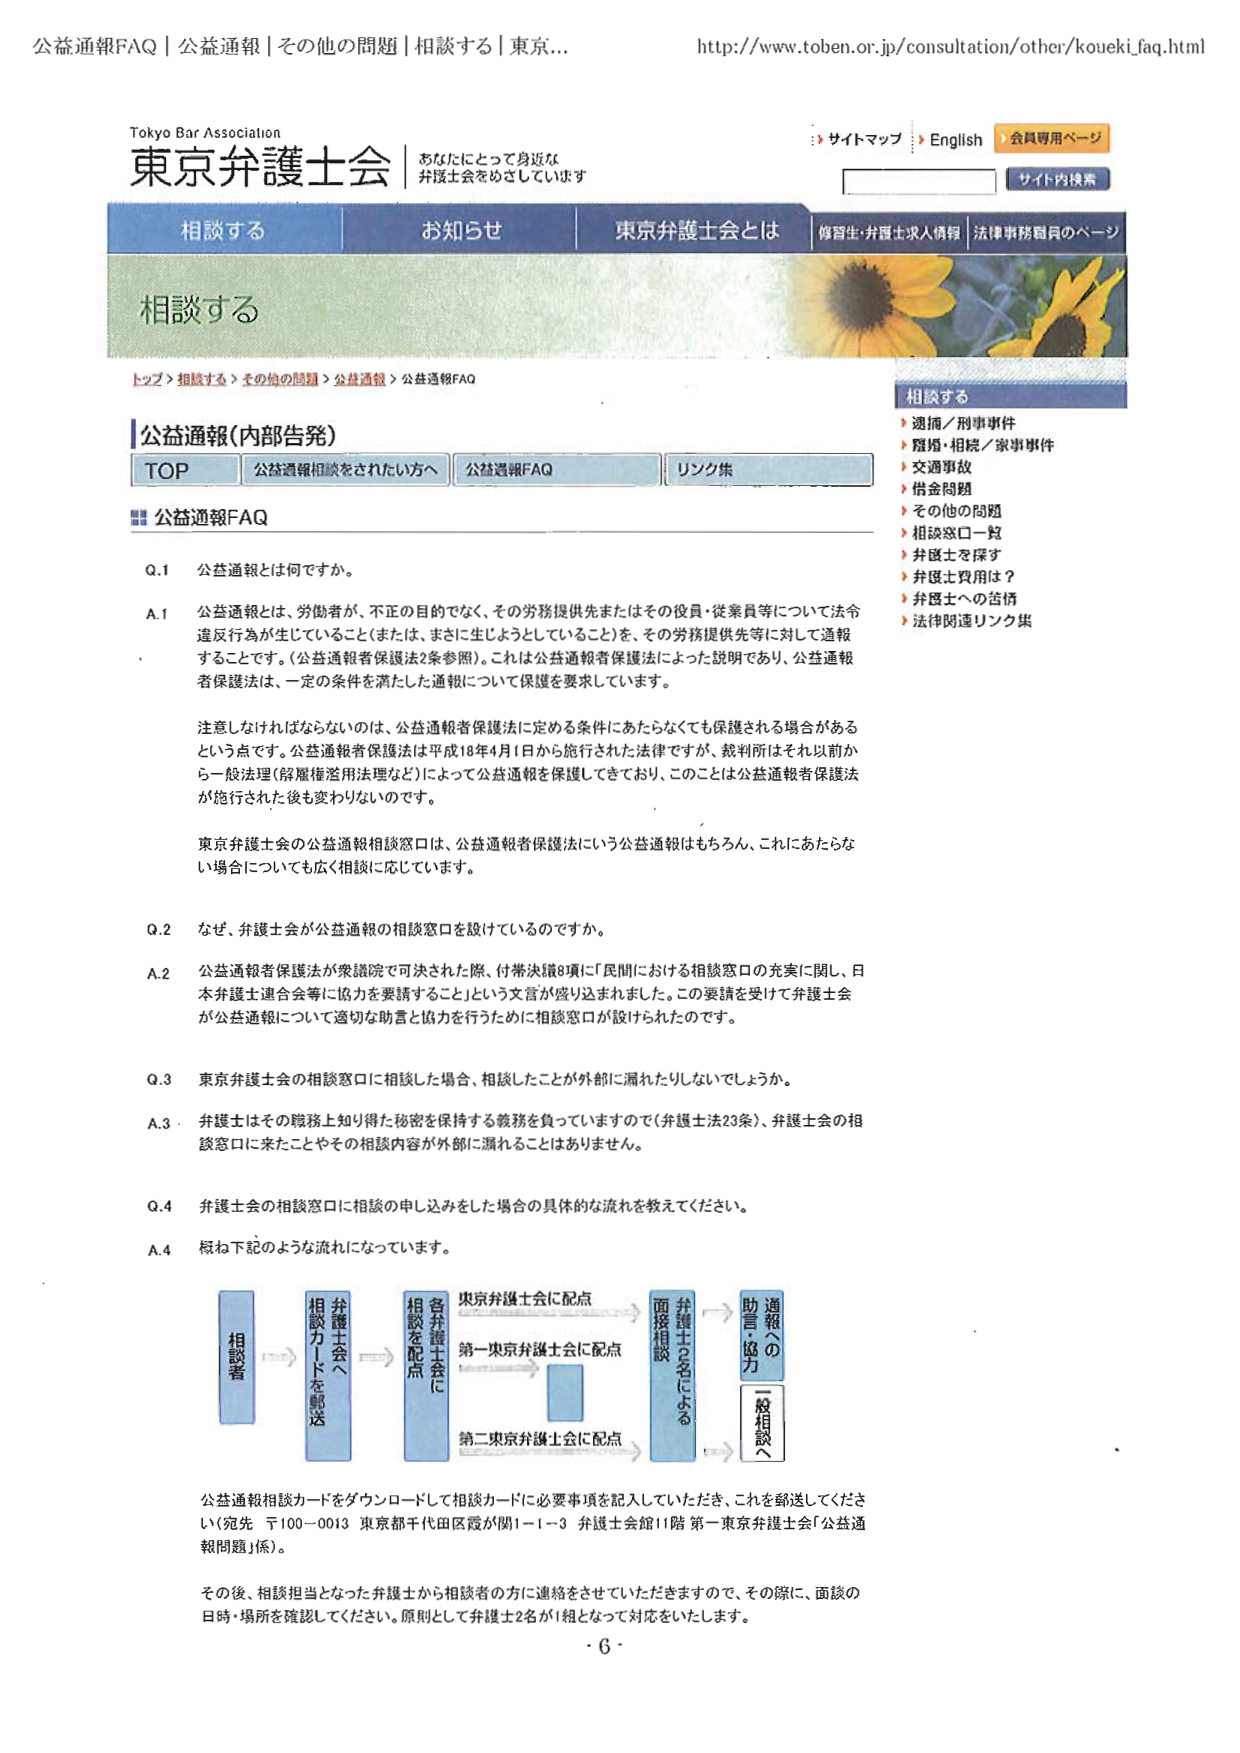
公益通報FAQ｜公益通報｜その他の問題｜相談する｜東京...
http://www.toben.or.jp/consultation/other/koueki_faq.html

Tokyo Bar Association
東京弁護士会
あなたにとって身近な
弁護士会をめざしています

サイトマップ｜English｜会員専用ページ
サイト内検索

相談する｜お知らせ｜東京弁護士会とは｜修習生・弁護士求人情報｜法律事務職員のページ

相談する

トップ > 相談する > その他の問題 > 公益通報 > 公益通報FAQ

相談する
▶ 逮捕／刑事事件
▶ 離婚・相続／家事事件
▶ 交通事故
▶ 借金問題
▶ その他の問題
▶ 相談窓口一覧
▶ 弁護士を探す
▶ 弁護士費用は？
▶ 弁護士への苦情
▶ 法律関連リンク集

公益通報（内部告発）
TOP｜公益通報相談をされたい方へ｜公益通報FAQ｜リンク集

■ 公益通報FAQ

Q.1 公益通報とは何ですか。

A.1 公益通報とは、労働者が、不正の目的でなく、その労務提供先またはその役員・従業員等について法令違反行為が生じていること（または、まさに生じようとしていること）を、その労務提供先等に対して通報することです。（公益通報者保護法2条参照）。これは公益通報者保護法によった説明であり、公益通報者保護法は、一定の条件を満たした通報について保護を要求しています。

注意しなければならないのは、公益通報者保護法に定める条件にあたらないても保護される場合があるという点です。公益通報者保護法は平成18年4月1日から施行された法律ですが、裁判所はそれ以前から一般法理（解雇権濫用法理など）によって公益通報を保護してきており、このことは公益通報者保護法が施行された後も変わりないのです。

東京弁護士会の公益通報相談窓口は、公益通報者保護法にいう公益通報はもちろん、これにあたらない場合についても広く相談に応じています。

Q.2 なぜ、弁護士会が公益通報の相談窓口を設けているのですか。

A.2 公益通報者保護法が衆議院で可決された際、付帯決議8項に「民間における相談窓口の充実に関し、日本弁護士連合会等に協力を要請すること」という文言が盛り込まれました。この要請を受けて弁護士会が公益通報について適切な助言と協力を行うために相談窓口が設けられたのです。

Q.3 東京弁護士会の相談窓口に相談した場合、相談したことが外部に漏れたりしないでしょうか。

A.3 弁護士はその職務上知り得た秘密を保持する義務を負っていますので（弁護士法23条）、弁護士会の相談窓口に来たことやその相談内容が外部に漏れることはありません。

Q.4 弁護士会の相談窓口に相談の申し込みをした場合の具体的な流れを教えてください。

A.4 概ね下記のような流れになっています。

相談者 → 相談カードを郵送（弁護士会へ） → 各弁護士会に相談を配点 → 東京弁護士会に配点 → 第一東京弁護士会に配点 → 第二東京弁護士会に配点 → 面接相談（弁護士に相談） → 助言・協力（通報への一般相談へ）

公益通報相談カードをダウンロードして相談カードに必要事項を記入していただき、これを郵送してください（宛先 〒100-0013 東京都千代田区霞が関1-1-3 弁護士会館11階 第一東京弁護士会「公益通報問題」係）。

その後、相談担当となった弁護士から相談者の方に連絡をさせていただきますので、その際に、面談の日時・場所を確認してください。原則として弁護士2名が1組となって対応をいたします。

・6・